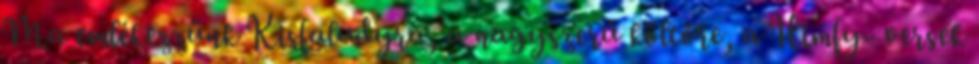
Ma emlékezzünk Kisfaludyra, a nagyszerű költőre, a Himfy- versek